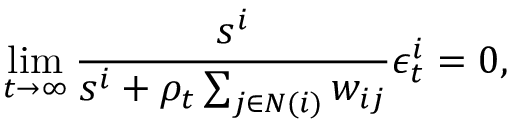
\operatorname* { l i m } _ { t \to \infty } \frac { s ^ { i } } { s ^ { i } + \rho _ { t } \sum _ { j \in N ( i ) } w _ { i j } } \epsilon _ { t } ^ { i } = 0 ,